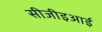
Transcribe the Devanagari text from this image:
सीजीइआई